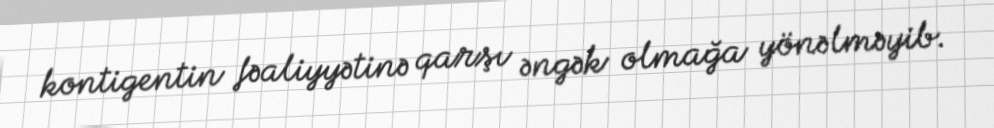
kontigentin fəaliyyətinə qarşı əngək olmağa yönəlməyib.